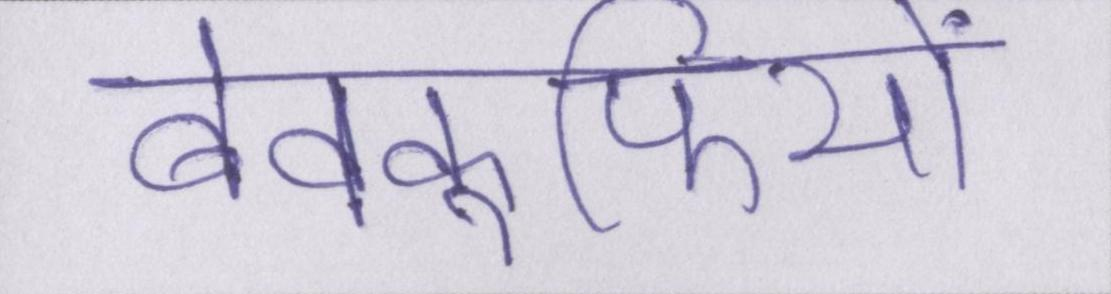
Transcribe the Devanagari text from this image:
बेवकूफियों